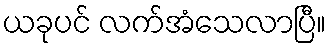
ယခုပင် လက်အံသေလာပြီ။